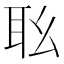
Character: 𦔷